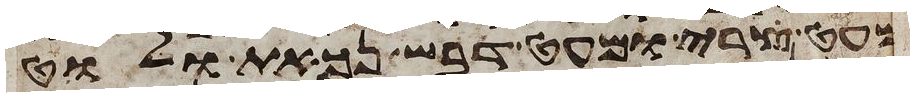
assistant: מעט צרי ומעט דבש נכאת ולוט